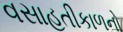
વસાહતીકાળનો